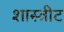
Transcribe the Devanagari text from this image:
शास्त्रीट